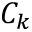
C _ { k }